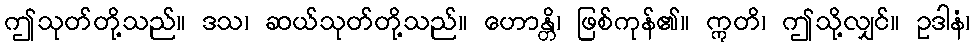
ဤသုတ်တို့သည်။ ဒသ၊ ဆယ်သုတ်တို့သည်။ ဟောန္တိ၊ ဖြစ်ကုန်၏။ ဣတိ၊ ဤသို့လျှင်။ ဥဒါနံ၊